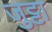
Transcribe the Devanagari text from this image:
जुट्टा